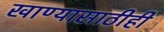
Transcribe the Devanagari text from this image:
खाण्यासाठीही